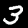
Label: 3